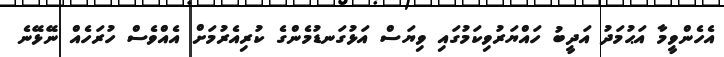
އެހެންވީމާ އަޙުމަދު އަދީބު ހައްޔަރުވިކަމުގައި ވިޔަސް އަޅުގަނޑުމެންގެ ކުރިއެރުމަށް އެއްވެސް ހުރަހެއް ނޭޅޭނެ